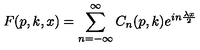
F ( p , k , x ) = \sum _ { n = - \infty } ^ { \infty } C _ { n } ( p , k ) e ^ { i n \frac { \lambda x } { 2 } }